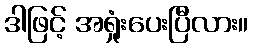
ဒါဖြင့် အရှုံးပေးပြီလား။